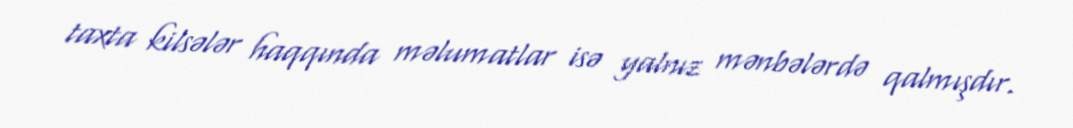
taxta kilsələr haqqında məlumatlar isə yalnız mənbələrdə qalmışdır.